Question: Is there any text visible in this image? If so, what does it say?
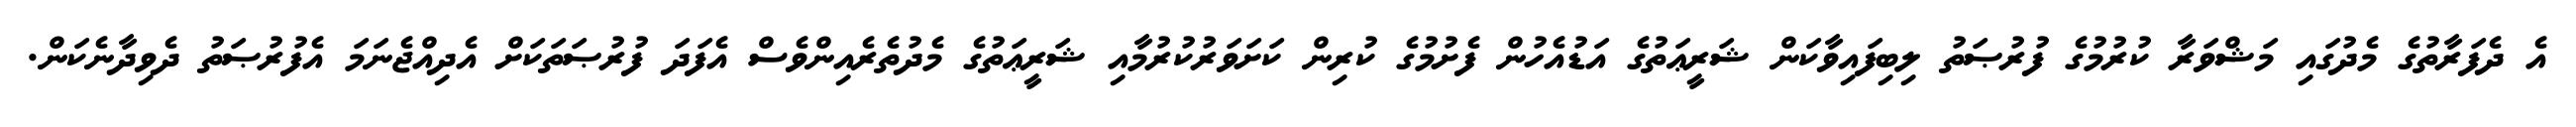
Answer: އެ ދެފަރާތުގެ މެދުގައި މަޝްވަރާ ކުރުމުގެ ފުރުޞަތު ލިބިފައިވާކަން ޝަރީޢަތުގެ އަޑުއެހުން ފެށުމުގެ ކުރިން ކަށަވަރުކުރުމާއި ޝަރީޢަތުގެ މެދުތެރެއިންވެސް އެފަދަ ފުރުޞަތަކަށް އެދިއްޖެނަމަ އެފުރުޞަތު ދެވިދާނެކަން.